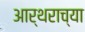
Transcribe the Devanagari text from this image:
आर्थराच्या